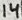
Text: 14